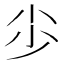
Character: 𡭣